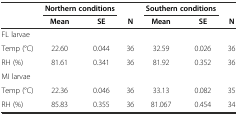
|  | <COLSPAN=2> Northern conditions |  | <COLSPAN=2> Southern conditions |  |
 |  | Mean | SE | N | Mean | SE | N |
 | --- | --- | --- | --- | --- | --- | --- |
 | FL larvae |  |  |  |  |  |  |
 | Temp (°C) | 22.60 | 0.044 | 36 | 32.59 | 0.026 | 36 |
 | RH (%) | 81.61 | 0.341 | 36 | 81.92 | 0.352 | 36 |
 | MI larvae |  |  |  |  |  |  |
 | Temp (°C) | 22.36 | 0.046 | 36 | 33.13 | 0.082 | 35 |
 | RH (%) | 85.83 | 0.355 | 36 | 81.067 | 0.454 | 34 |